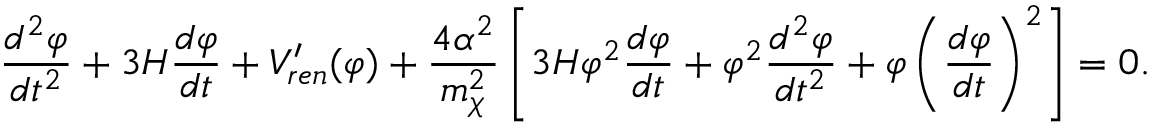
\frac { d ^ { 2 } \varphi } { d t ^ { 2 } } + 3 H \frac { d \varphi } { d t } + V _ { r e n } ^ { \prime } ( \varphi ) + { \frac { 4 \alpha ^ { 2 } } { m _ { \chi } ^ { 2 } } } \left[ 3 H \varphi ^ { 2 } \frac { d \varphi } { d t } + \varphi ^ { 2 } \frac { d ^ { 2 } \varphi } { d t ^ { 2 } } + \varphi \left( \frac { d \varphi } { d t } \right) ^ { 2 } \right] = 0 . \nonumber